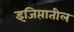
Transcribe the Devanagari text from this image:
इजिप्तातील